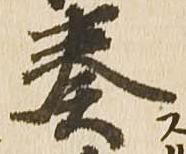
奏